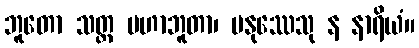
ဘူတော သတ္တ မဟာဘူတာ၊ မနုဿေသု န နာရိယံ။